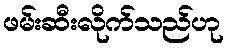
ဖမ်းဆီးလိုက်သည်ဟု